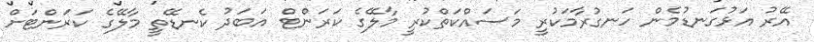
އޭރު އަޅުގަނޑުމެން ހަނގުރާމަކުރީ މަސައްކަތްކުރީ މާލޭގެ ކަރަންޓް އަބަދު ކެނޑޭތީ މާލޭގެ ކަރަންޓަށް